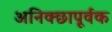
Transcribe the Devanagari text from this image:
अनिक्छापूर्वक